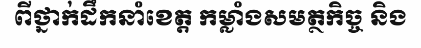
ពីថ្នាក់ដឹកនាំខេត្ត កម្លាំងសមត្ថកិច្ច និង